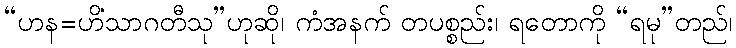
“ဟန=ဟိံသာဂတီသု”ဟုဆို၊ ကံအနက် တပစ္စည်း၊ ရတောကို “ရမု”တည်၊